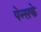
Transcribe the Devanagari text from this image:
पेन्सके